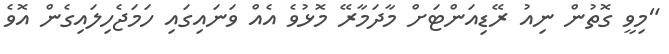
"މިވީ ގޮތުން ނިއު ރޭޑިއަންޓަށް މާދަމާރޭ މޮޅުވެ އެއް ވަނައިގައި ހަމަޖެހިލައިގެން އޮވެ